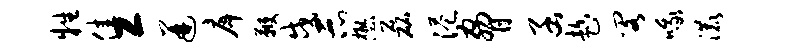
牲佳工迸戽鞭戍示懋磊港胁函趁阁哦漉